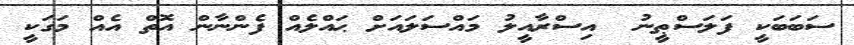
ސަބަބަކީ ފަލަސްޠީނު  އިސްރާއީލު މައްސަލައަށް ޙައްލެއް ފެންނާން އޮތް އެއް މަގަކީ